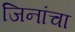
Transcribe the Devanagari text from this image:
जिनांचा